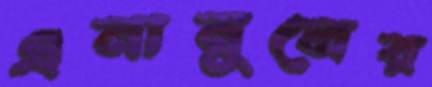
এনামুলের